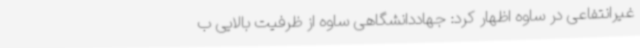
غیرانتفاعی در ساوه اظهار کرد: جهاددانشگاهی ساوه از ظرفیت بالایی ب